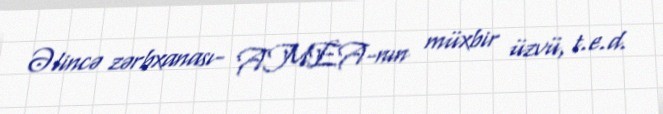
Əlincə zərbxanası- AMEA-nın müxbir üzvü, t.e.d.